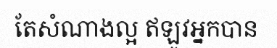
តែសំណាងល្អ ឥឡូវអ្នកបាន